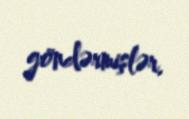
göndərmişlər.